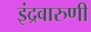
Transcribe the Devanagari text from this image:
इंद्रवारुणी